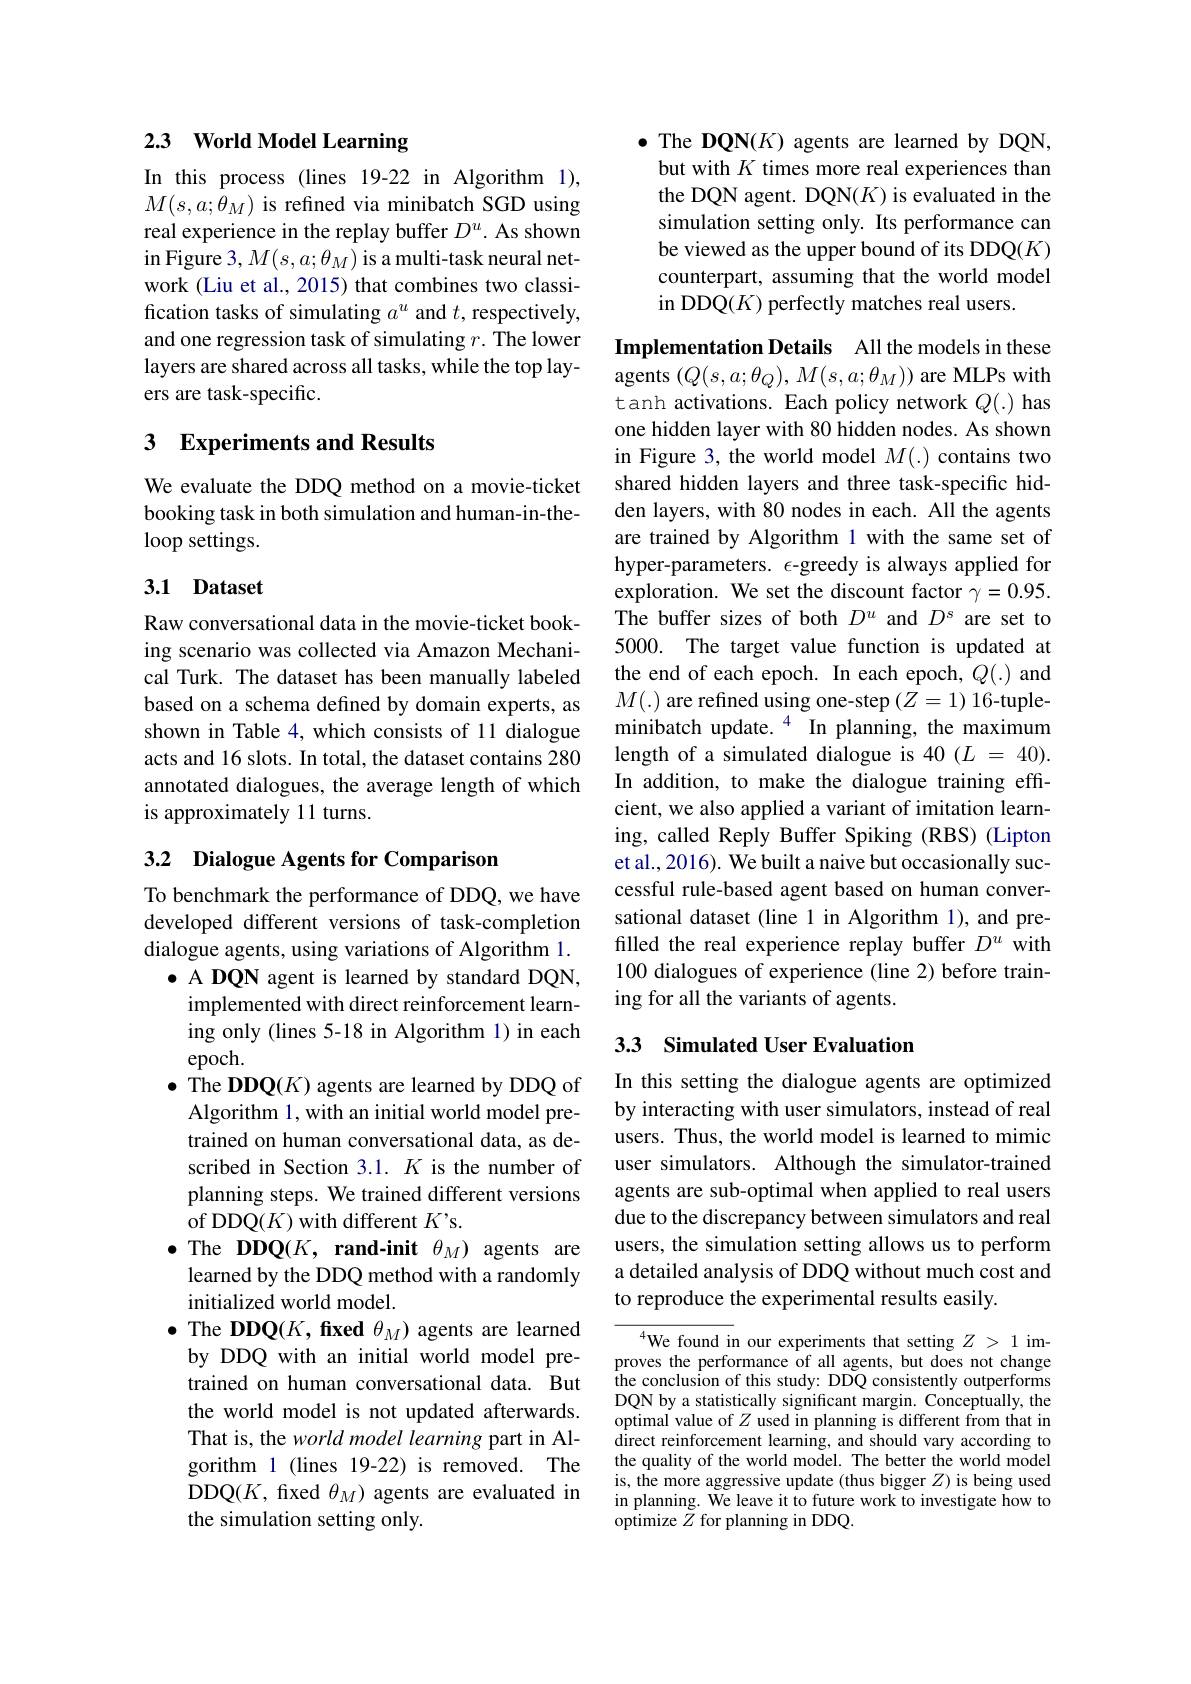
## 2.3 World Model Learning

In this process (lines 19-22 in Algorithm 1), $M(s,a;\theta_{M})$ is refined via minibatch SGD using real experience in the replay buffer $D^u.$ As shown in Figure 3, $M(s,a;\theta_{M})$ is a multi-task neural network (Liu et al., 2015) that combines two classification tasks of simulating $a^u$ and $t$, respectively, and one regression task of simulating $r.$ The lower layers are shared across all tasks, while the top layers are task-specific.

## 3 Experiments and Results

We evaluate the DDQ method on a movie-ticket booking task in both simulation and human-in-theloop settings.

## 3.1 Dataset

Raw conversational data in the movie-ticket booking scenario was collected via Amazon Mechanical Turk. The dataset has been manually labeled based on a schema defined by domain experts, as shown in Table 4, which consists of 11 dialogue acts and 16 slots. In total, the dataset contains 280 annotated dialogues, the average length of which is approximately 11 turns.

## 3.2 Dialogue Agents for Comparison

To benchmark the performance of DDQ, we have developed different versions of task-completion dialogue agents, using variations of Algorithm 1.
$\bullet$ A DQN agent is learned by standard DQN, implemented with direct reinforcement learning only (lines 5-18 in Algorithm 1) in each epoch.
$\bullet$ The DDQ(K) agents are learned by DDQ of Algorithm 1, with an initial world model pretrained on human conversational data, as described in Section 3.1. $K$ is the number of planning steps. We trained different versions of DDQ(K) with different $K^{\prime}$s.
$\bullet$ The DDQ(K, rand-init $\theta_M)$ agents are
learned by the DDQ method with a randomly
initialized world model.
$\bullet$ The DDQ(K, fxed $\theta_M)$ agents are learned by DDQ with an initial world model pretrained on human conversational data. But the world model is not updated afterwards. That is, the world model learning part in Algorithm 1 (lines 19-22) is removed. The DDQ(K, fxed $\theta_M$) agents are evaluated in the simulation setting only.

$\bullet$ The DQN(K) agents are learned by DQN, but with $K$ times more real experiences than the DQN agent. DQN($K$) is evaluated in the simulation setting only. Its performance can be viewed as the upper bound of its DDQ(K) counterpart, assuming that the world model in DDQ(K) perfectly matches real users.

Implementation Details All the models in these agents $(Q(s,a;\theta_Q),M(s,a;\theta_M))$ are MLPs with tanh activations. Each policy network $Q(.)$ has one hidden layer with 80 hidden nodes. As shown in Figure 3, the world model $M(.)$ contains two shared hidden layers and three task-specific hidden layers, with 80 nodes in each. All the agents are trained by Algorithm 1 with the same set of hyper-parameters. $\epsilon$-greedy is always applied for exploration. We set the discount factor $\gamma=0.95.$ The buffer sizes of both $D^u$ and $D^s$ are set to 5000. The target value function is updated at the end of each epoch. In each epoch, $Q(.)$ and $M(.)$ are refined using one-step$(Z=1)$ 16-tupleminibatch update.$^{4}$ In planning, the maximum length of a simulated dialogue is 40 $( L$ = 40). In addition, to make the dialogue training effcient, we also applied a variant of imitation learning, called Reply Buffer Spiking (RBS) (Lipton et al., 2016). We built a naive but occasionally successful rule-based agent based on human conversational dataset (line 1 in Algorithm 1), and prefilled the real experience replay buffer $D^u$ with 100 dialogues of experience (line 2) before training for all the variants of agents.

## 3.3 Simulated User Evaluation

In this setting the dialogue agents are optimized by interacting with user simulators, instead of real users. Thus, the world model is learned to mimic user simulators. Although the simulator-trained agents are sub-optimal when applied to real users due to the discrepancy between simulators and real users, the simulation setting allows us to perform a detailed analysis of DDQ without much cost and to reproduce the experimental results easily.

${}^{4}$We found in our experiments that setting $Z>1$ improves the performance of all agents, but does not change the conclusion of this study: DDQ consistently outperforms DQN by a statistically significant margin. Conceptually, the optimal value of $Z$ used in planning is different from that in direct reinforcement learning, and should vary according to the quality of the world model. The better the world model is, the more aggressive update (thus bigger $Z$) is being used in planning. We leave it to future work to investigate how to ${\dot{\text{optimize }Z}}{\tilde{Z}}{\mathrm{~for~planning~in~DDQ.}}$